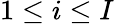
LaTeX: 1\leq i\leq I